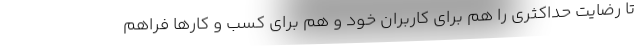
تا رضایت حداکثری را هم برای کاربران خود و هم برای کسب و کارها فراهم